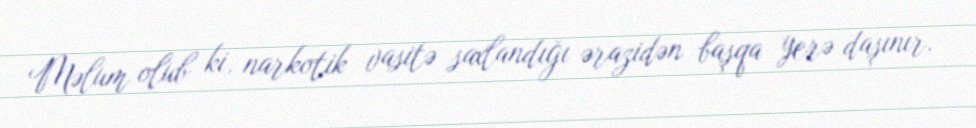
Məlum olub ki, narkotik vasitə saxlandığı ərazidən başqa yerə daşınır.